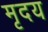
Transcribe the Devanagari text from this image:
मृदय